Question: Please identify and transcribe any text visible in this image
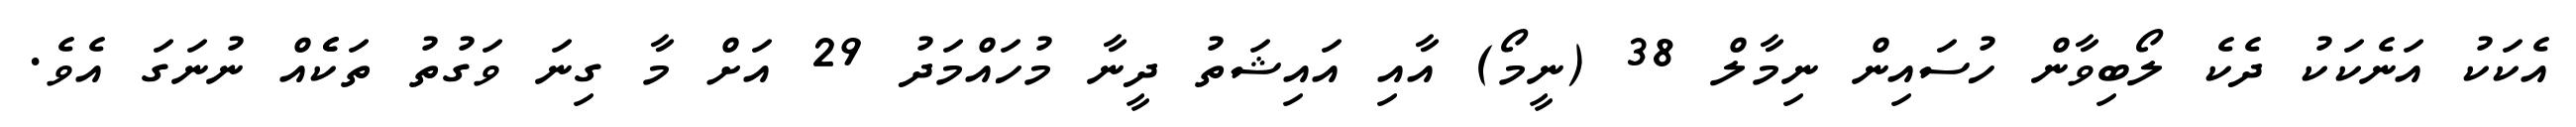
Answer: އެކަކު އަނެކަކު ދެކެ ލޯބިވާން ހުސައިން ނިމާލް 38 (ނީމޯ) އާއި އައިޝަތު ދީނާ މުހައްމަދު 29 އަށް މާ ގިނަ ވަގުތު ތަކެެއް ނުނަގަ އެވެ.